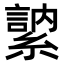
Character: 𦄠